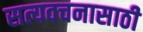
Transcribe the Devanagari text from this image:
सत्यवचनासाठी